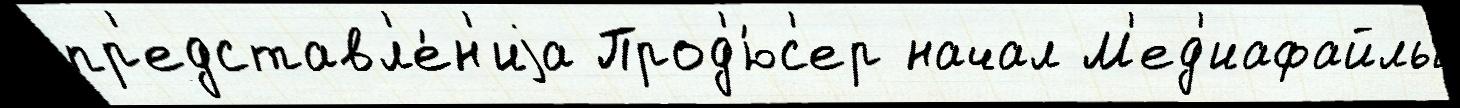
пр'едставл'е́н'иjа Прод'ю́с'ер начал М'ед'иафайлы